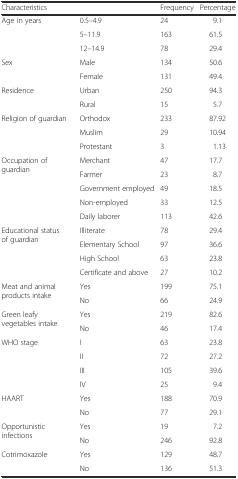
| <COLSPAN=2> Characteristics | Frequency | Percentage |
 | --- | --- | --- | --- |
 | <ROWSPAN=3> Age in years | 0.5–4.9 | 24 | 9.1 |
 | 5–11.9 | 163 | 61.5 |
 | 12–14.9 | 78 | 29.4 |
 | <ROWSPAN=2> Sex | Male | 134 | 50.6 |
 | Female | 131 | 49.4 |
 | <ROWSPAN=2> Residence | Urban | 250 | 94.3 |
 | Rural | 15 | 5.7 |
 | <ROWSPAN=3> Religion of guardian | Orthodox | 233 | 87.92 |
 | Muslim | 29 | 10.94 |
 | Protestant | 3 | 1.13 |
 | <ROWSPAN=5> Occupation of guardian | Merchant | 47 | 17.7 |
 | Farmer | 23 | 8.7 |
 | Government employed | 49 | 18.5 |
 | Non-employed | 33 | 12.5 |
 | Daily laborer | 113 | 42.6 |
 | <ROWSPAN=4> Educational status of guardian | Illiterate | 78 | 29.4 |
 | Elementary School | 97 | 36.6 |
 | High School | 63 | 23.8 |
 | Certificate and above | 27 | 10.2 |
 | <ROWSPAN=2> Meat and animal products intake | Yes | 199 | 75.1 |
 | No | 66 | 24.9 |
 | <ROWSPAN=2> Green leafy vegetables intake | Yes | 219 | 82.6 |
 | No | 46 | 17.4 |
 | <ROWSPAN=4> WHO stage | I | 63 | 23.8 |
 | II | 72 | 27.2 |
 | III | 105 | 39.6 |
 | IV | 25 | 9.4 |
 | <ROWSPAN=2> HAART | Yes | 188 | 70.9 |
 | No | 77 | 29.1 |
 | <ROWSPAN=2> Opportunistic infections | Yes | 19 | 7.2 |
 | No | 246 | 92.8 |
 | <ROWSPAN=2> Cotrimoxazole | Yes | 129 | 48.7 |
 | No | 136 | 51.3 |